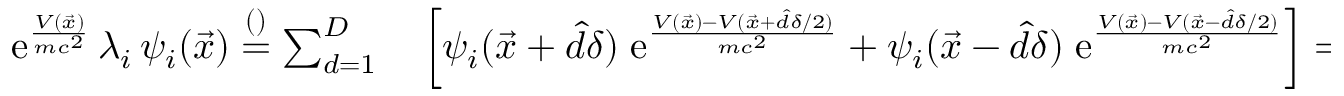
\begin{array} { r l } { \mathrm e ^ { \frac { V ( \vec { x } ) } { m c ^ { 2 } } } \, \lambda _ { i } \, \psi _ { i } ( \vec { x } ) \overset { \footnotesize ( ) } { = } \sum _ { d = 1 } ^ { D } } & { { } \left[ \psi _ { i } ( \vec { x } + \hat { d } \delta ) \; \mathrm e ^ { \frac { V ( \vec { x } ) - V ( \vec { x } + \hat { d } \delta / 2 ) } { m c ^ { 2 } } } + \psi _ { i } ( \vec { x } - \hat { d } \delta ) \; \mathrm e ^ { \frac { V ( \vec { x } ) - V ( \vec { x } - \hat { d } \delta / 2 ) } { m c ^ { 2 } } } \right] = } \end{array}